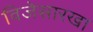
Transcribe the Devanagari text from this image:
विजेसारखा